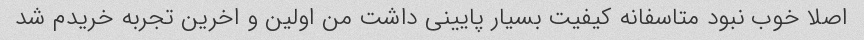
اصلا خوب نبود متاسفانه کیفیت بسیار پایینى داشت من اولین و اخرین تجربه خریدم شد